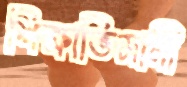
শিক্ষাভিমানী